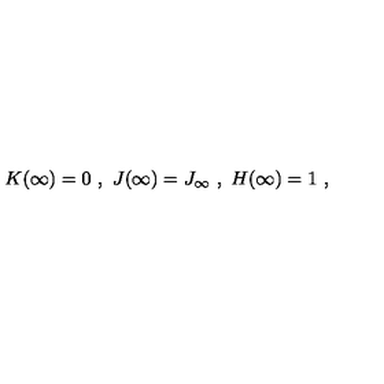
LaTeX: K ( \infty ) = 0 \ , \ J ( \infty ) = J _ { \infty } \ , \ H ( \infty ) = 1 \ ,